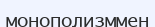
монополизммен